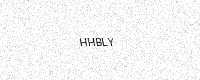
Text: HHBLY